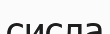
сисла